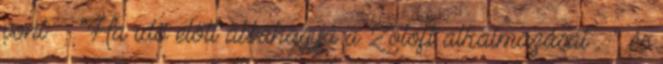
pont "Ha idő előtt abbahagyja a Zoloft alkalmazását " és